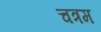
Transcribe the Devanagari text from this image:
चत्रम